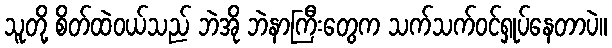
သူတို့ စိတ်ထဲဝယ်သည် ဘဲအို ဘဲနာကြီးတွေက သက်သက်ဝင်ရှုပ်နေတာပဲ။